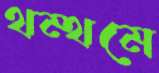
থম্‌থমে